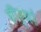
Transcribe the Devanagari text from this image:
हीर्यों